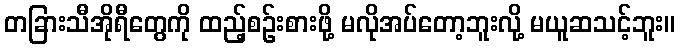
တခြားသီအိုရီတွေကို ထည့်စဉ်းစားဖို့ မလိုအပ်တော့ဘူးလို့ မယူဆသင့်ဘူး။